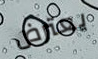
يعترض